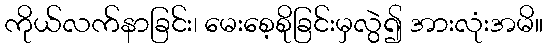
ကိုယ်လက်နာခြင်း၊ မေးစေ့စိုခြင်းမှလွဲ၍ အားလုံးအမိ။